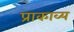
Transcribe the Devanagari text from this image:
प्राकाव्य